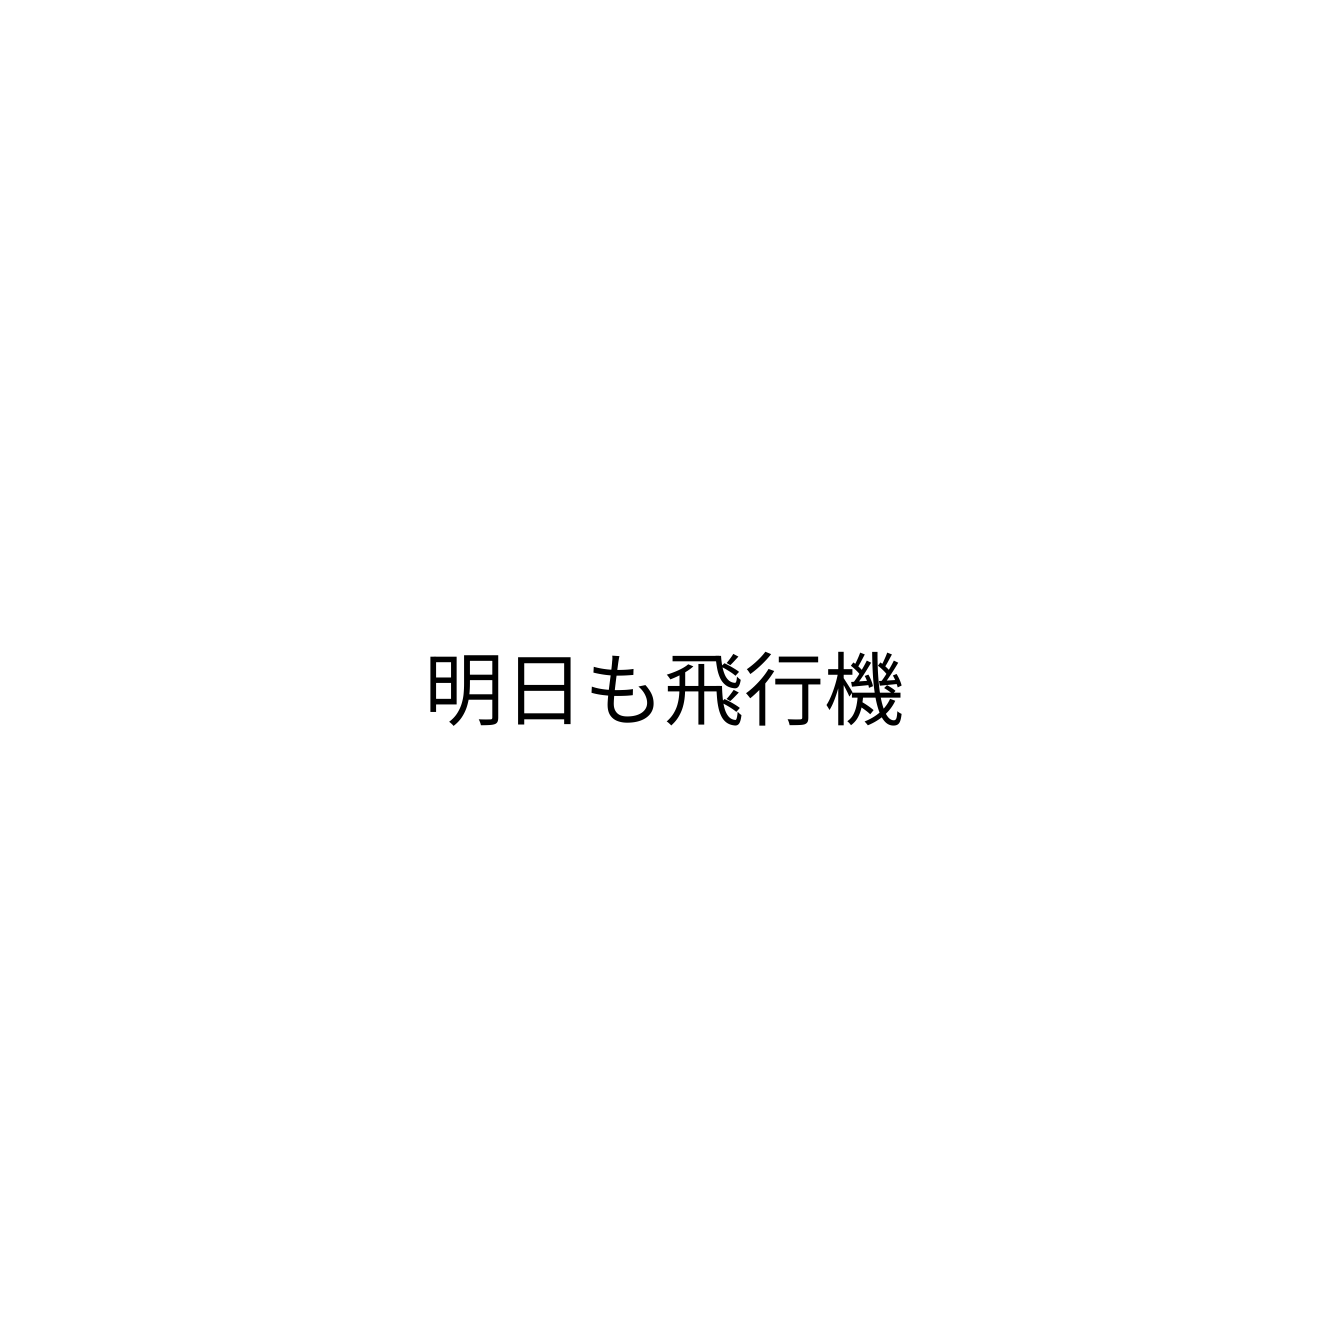
明日も飛行機